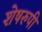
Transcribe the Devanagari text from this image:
शेषरुपी